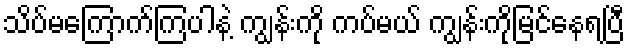
သိပ်မကြောက်ကြပါနဲ့ ကျွန်းကို ကပ်မယ် ကျွန်းကိုမြင်နေရပြီ